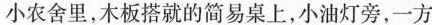
小农舍里，木板搭就的简易桌上，小油灯旁，一方